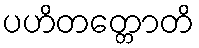
ပဟိတတ္တောတိ